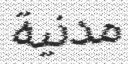
مدنية